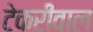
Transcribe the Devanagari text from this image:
टेकरीवाल